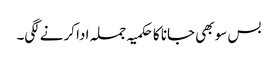
بس سو بھی جانا کا حکمیہ جملہ ادا کرنے لگی۔